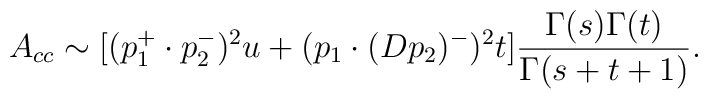
A_{cc} \sim  [ (p_1^+\cdot p_2^-)^2u + (p_1 \cdot(Dp_2)^-)^2t ]  \frac{\Gamma(s) \Gamma(t)}{\Gamma(s + t + 1)}.